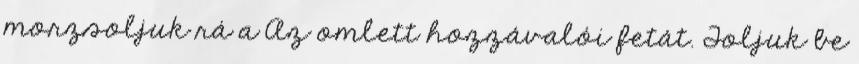
morzsoljuk rá a Az omlett hozzávalói fetát. Toljuk be